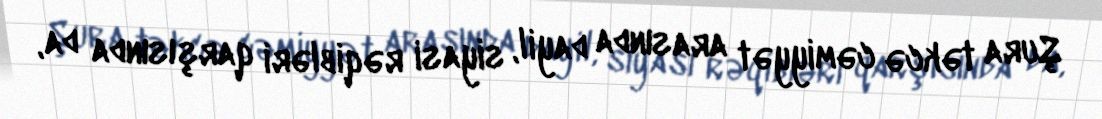
Şura təkcə cəmiyyət arasında dayil, siyasi rəqibləri qarşısında da,